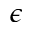
\epsilon